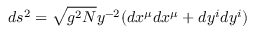
d s ^ { 2 } = \sqrt { g ^ { 2 } N } y ^ { - 2 } ( d x ^ { \mu } d x ^ { \mu } + d y ^ { i } d y ^ { i } )